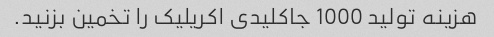
هزینه تولید 1000 جاکلیدی اکریلیک را تخمین بزنید.